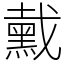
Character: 䵧